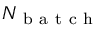
N _ { \mathrm { ~ b ~ a ~ t ~ c ~ h ~ } }